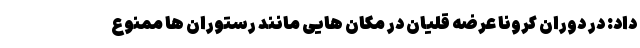
داد: در دوران کرونا عرضه قلیان در مکان ‌هایی مانند رستوران‌ ها ممنوع